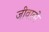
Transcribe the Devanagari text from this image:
जीवात्मे